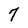
Character: 7